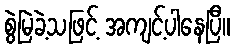
စွဲမြဲခဲ့သဖြင့် အကျင့်ပါနေပြီ။